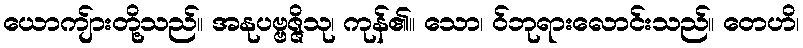
ယောကျ်ားတို့သည်။ အနုပဗ္ဗဇ္ဇိသု၊ ကုန်၏။ သော၊ ဝ်ဘုရားလောင်းသည်။ တေဟိ၊